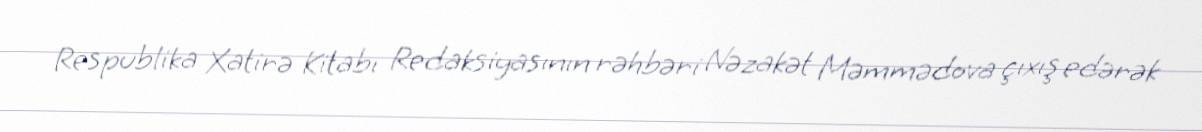
Respublika Xatirə Kitabı Redaksiyasının rəhbəri Nəzakət Məmmədova çıxış edərək